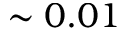
\sim 0 . 0 1